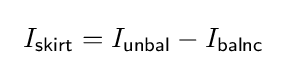
\ I_{\mathsf {skirt}}=I_{\mathsf {unbal}}-I_{\mathsf {balnc}}~